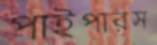
পাইপারস